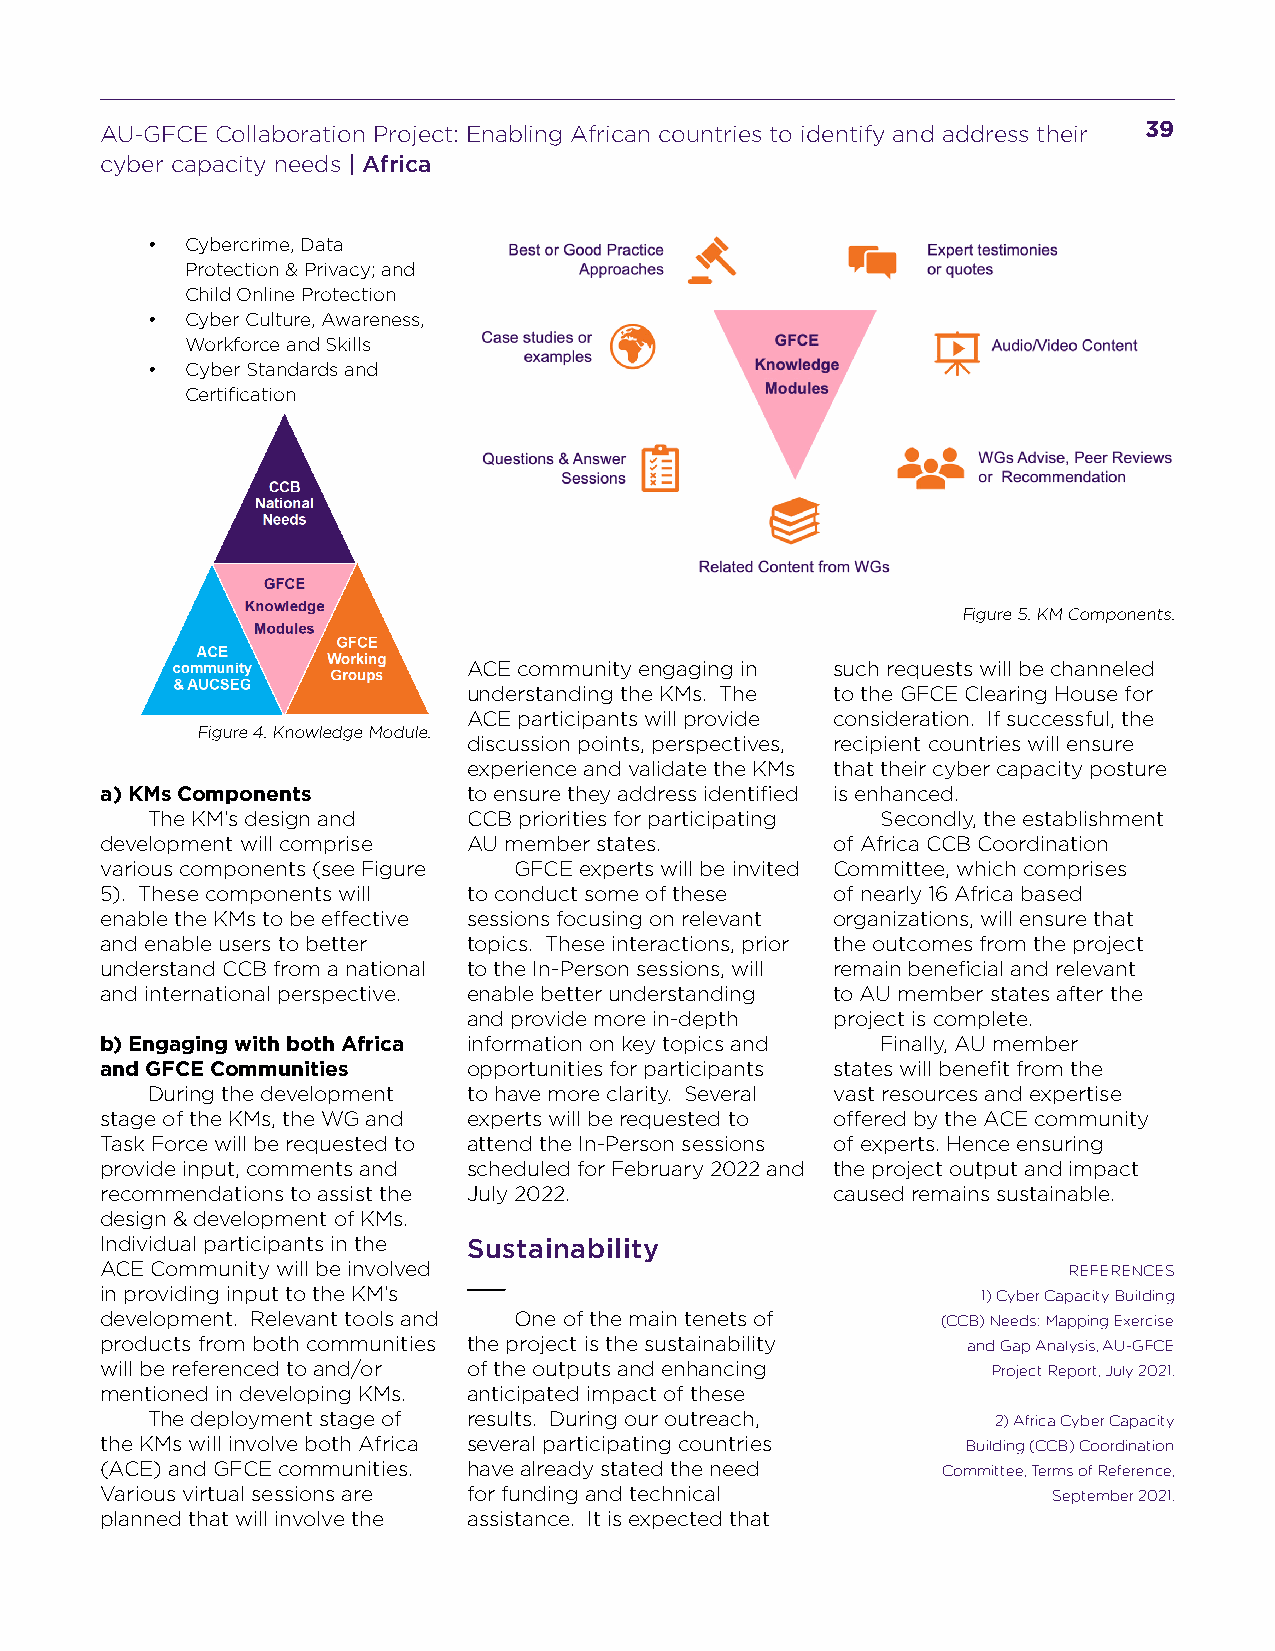
AU-GFCE Collaboration Project: Enabling African countries to identify and address their 39
 cyber capacity needs | Africa
 • Cybercrime, Data
 Protection & Privacy; and
 Child Online Protection
 • Cyber Culture, Awareness,
 Workforce and Skills
 • Cyber Standards and
 Certification
 Figure 5. KM Components.
 ACE community engaging in such requests will be channeled
 understanding the KMs. The to the GFCE Clearing House for
 ACE participants will provide consideration. If successful, the
 Figure 4. Knowledge Module.
 discussion points, perspectives, recipient countries will ensure
 experience and validate the KMs that their cyber capacity posture
 a) KMs Components       to ensure they address identified is enhanced.
 The KM’s design and  CCB priorities for participating Secondly, the establishment
 development will comprise AU member states.     of Africa CCB Coordination
 various components (see Figure GFCE experts will be invited Committee, which comprises
 5). These components will to conduct some of these of nearly 16 Africa based
 enable the KMs to be effective sessions focusing on relevant organizations, will ensure that
 and enable users to better topics. These interactions, prior the outcomes from the project
 understand CCB from a national to the In-Person sessions, will remain beneficial and relevant
 and international perspective. enable better understanding to AU member states after the
 and provide more in-depth project is complete.
 b) Engaging with both Africa information on key topics and Finally, AU member
 and GFCE Communities    opportunities for participants states will benefit from the
 During the development to have more clarity. Several vast resources and expertise
 stage of the KMs, the WG and experts will be requested to offered by the ACE community
 Task Force will be requested to attend the In-Person sessions of experts. Hence ensuring
 provide input, comments and scheduled for February 2022 and the project output and impact
 recommendations to assist the July 2022.        caused remains sustainable.
 design & development of KMs.
 Individual participants in the Sustainability
 ACE Community will be involved                                  REFERENCES
 in providing input to the KM’s                            1) Cyber Capacity Building
 development. Relevant tools and One of the main tenets of (CCB) Needs: Mapping Exercise
 products from both communities the project is the sustainability and Gap Analysis, AU-GFCE
 will be referenced to and/or of the outputs and enhancing  Project Report, July 2021.
 mentioned in developing KMs. anticipated impact of these
 The deployment stage of results. During our outreach,   2) Africa Cyber Capacity
 the KMs will involve both Africa several participating countries Building (CCB) Coordination
 (ACE) and GFCE communities. have already stated the need Committee, Terms of Reference,
 Various virtual sessions are for funding and technical         September 2021.
 planned that will involve the assistance. It is expected that